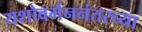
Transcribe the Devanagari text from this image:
यशोवर्मननंतरच्या